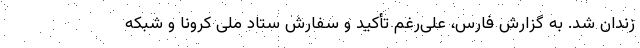
زندان شد. به گزارش فارس، علی‌رغم تأکید و سفارش ستاد ملی کرونا و شبکه